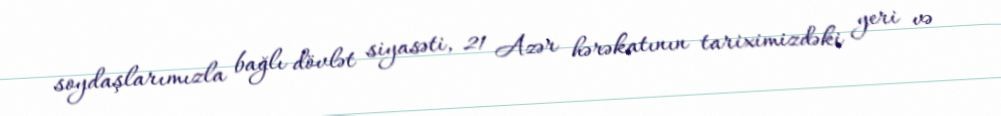
soydaşlarımızla bağlı dövlət siyasəti, 21 Azər hərəkatının tariximizdəki yeri və